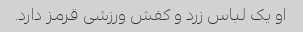
او یک لباس زرد و کفش ورزشی قرمز دارد.